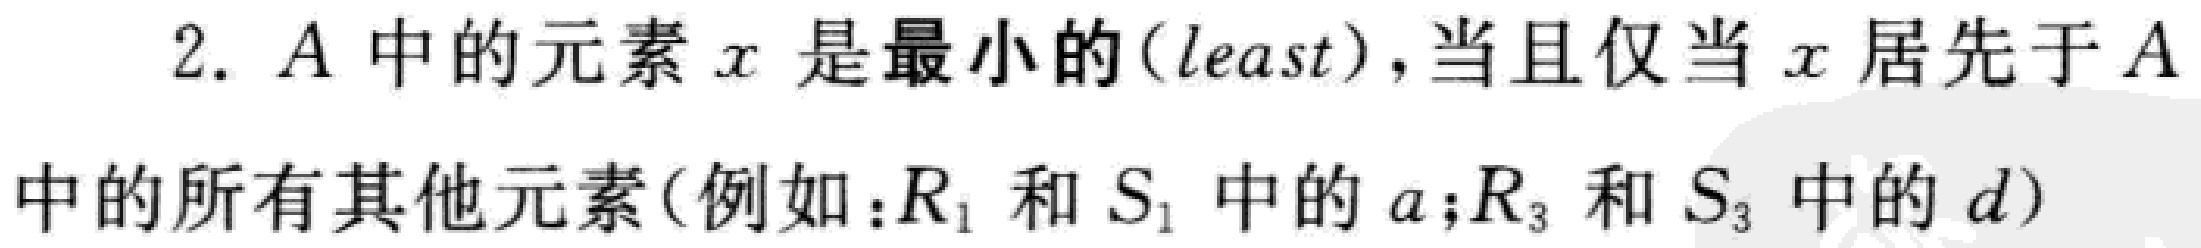
2. \(A\)中的元素\(x\)是最小的(\(least\))，当且仅当\(x\)居先于\(A\)中的所有其他元素(例如：\(R_{1}\)和\(S_{1}\)中的\(a\);\(R_{3}\)和\(S_{3}\)中的\(d\))